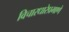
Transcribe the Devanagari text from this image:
विचारधारेप्रमाणे